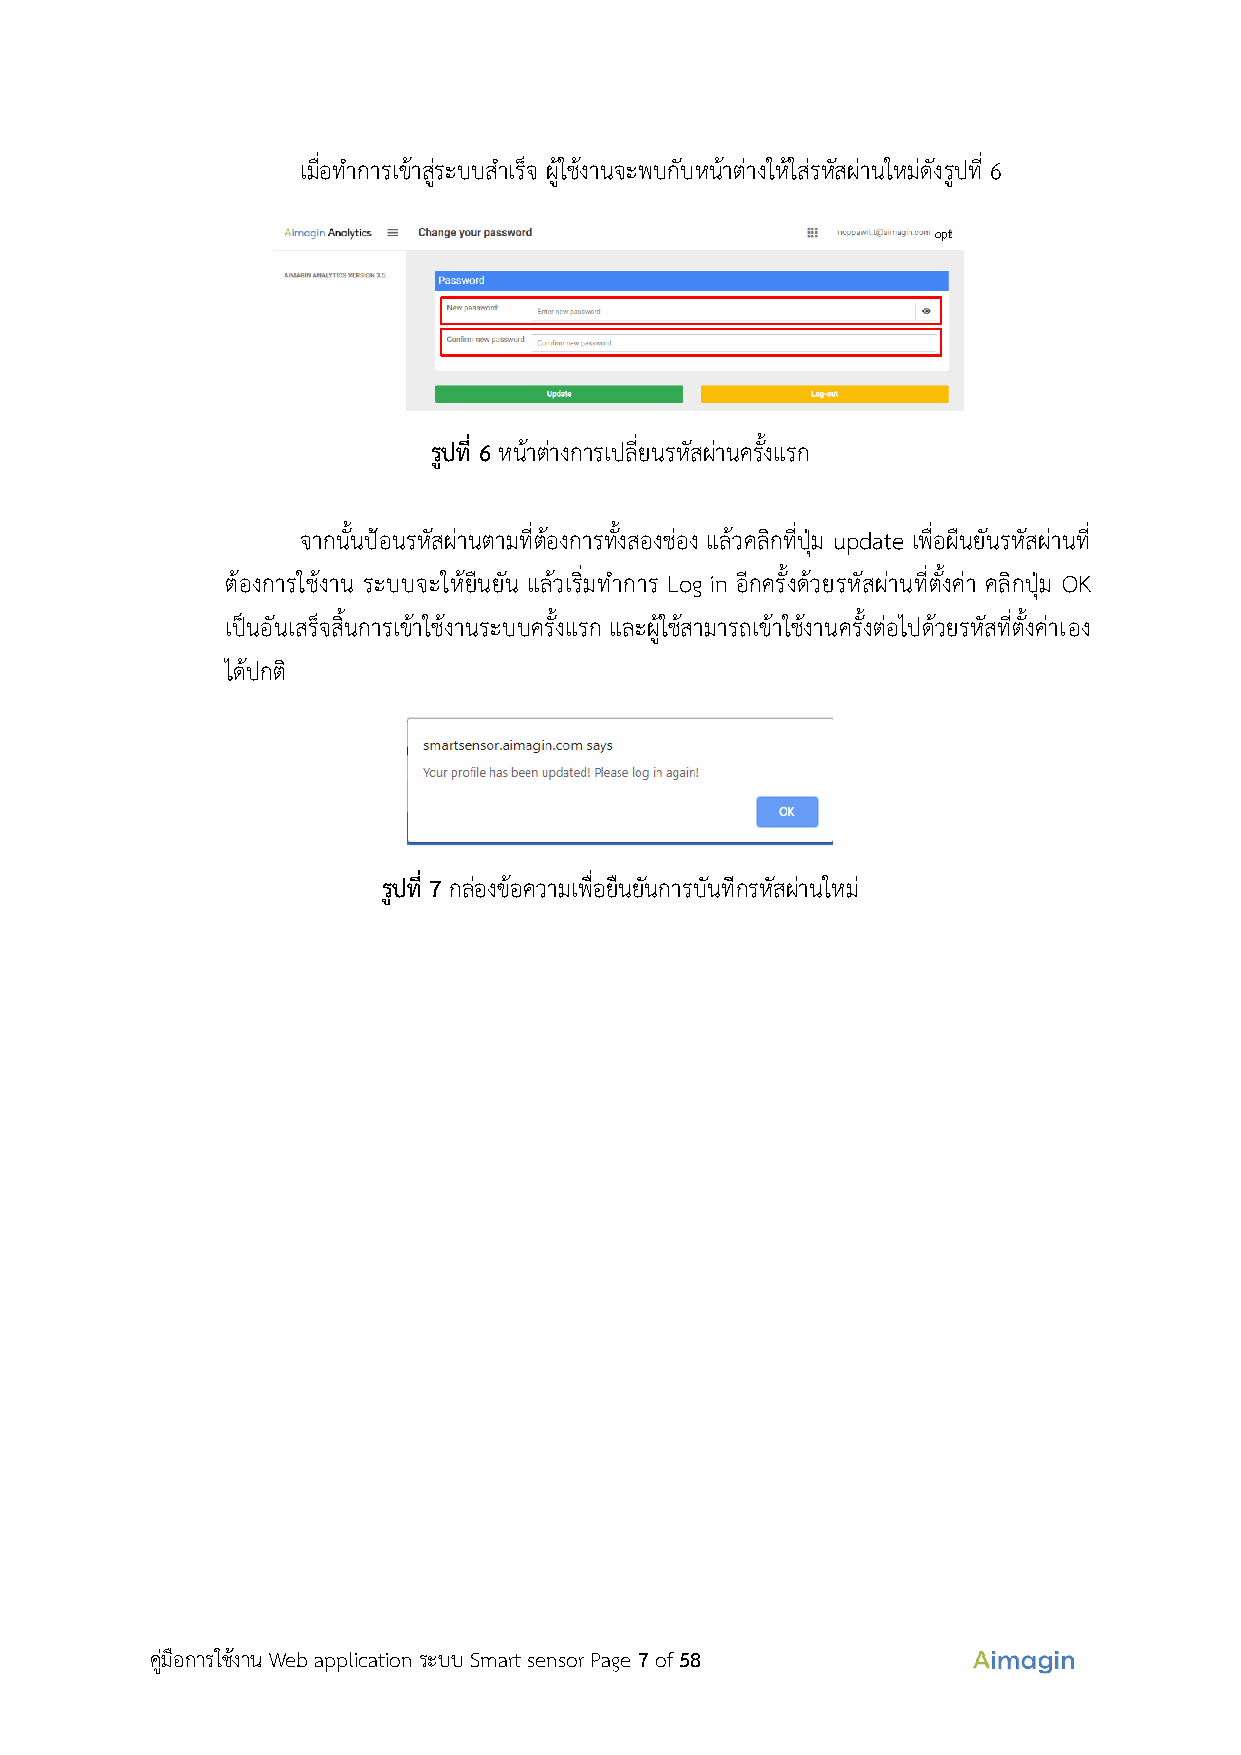
เมื่อทำการเข้าสู่ระบบสำเร็จ ผู้ใช้งานจะพบกับหน้าต่างให้ใส่รหัสผ่านใหม่ดังรูปที่ 6
 opt
 รูปที่ 6 หน้าต่างการเปลี่ยนรหัสผ่านครั้งแรก
 จากนั้นป้อนรหัสผ่านตามที่ต้องการทั้งสองช่อง แล้วคลิกที่ปุ่ม update เพื่อผืนยันรหัสผ่านที่
 ต้องการใช้งาน ระบบจะให้ยืนยัน แล้วเริ่มทำการ Log in อีกครั้งด้วยรหัสผ่านที่ตั้งค่า คลิกปุ่ม OK
 เป็นอันเสร็จสิ้นการเข้าใช้งานระบบครั้งแรก และผู้ใช้สามารถเข้าใช้งานครั้งต่อไปด้วยรหัสที่ตั้งค่าเอง
 ได้ปกต ิ
 รูปที่ 7 กล่องข้อความเพื่อยืนยันการบันทีกรหัสผ่านใหม่
 คู่มือการใช้งาน Web application ระบบ Smart sensor Page 7 of 58